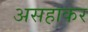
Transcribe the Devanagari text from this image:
असहाकर